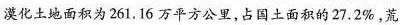
漠化土地面积为261.16万平方公里，占国土面积的27.2%，荒